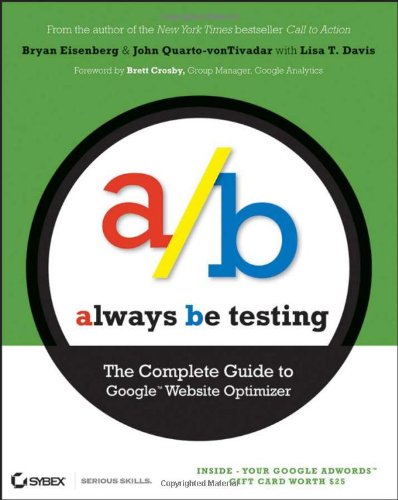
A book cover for Always Be Testing: The Complete Guide to Google Website Optimizer; Bryan Eisenberg; Computers & Technology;